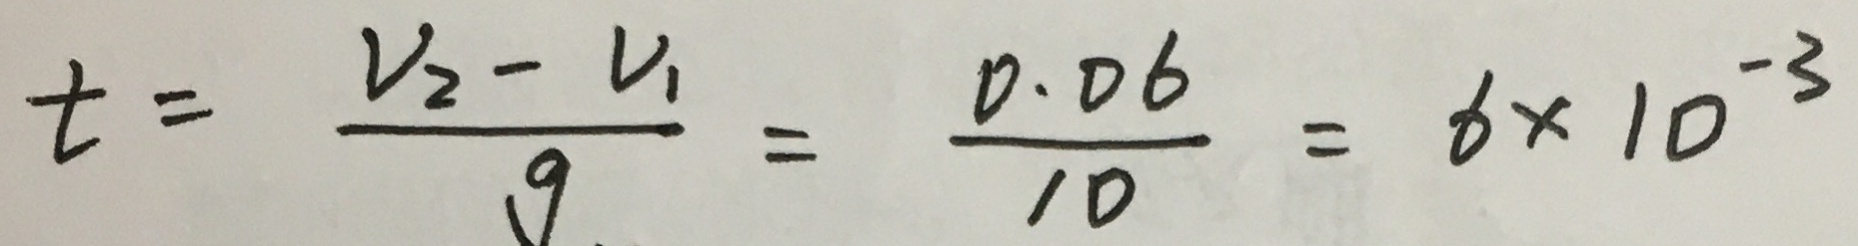
t = \frac { V _ { 2 } - V _ { 1 } } { g } = \frac { 0 . 0 6 } { 1 0 } = 6 \times 1 0 ^ { - 3 }